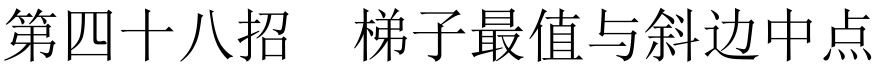
第四十八招 \quad 梯子最值与斜边中点